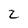
Character: z